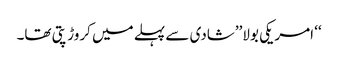
‘‘ امریکی بولا’’شادی سے پہلے میں کروڑ پتی تھا۔